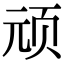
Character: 顽